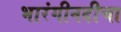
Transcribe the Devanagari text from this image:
भारंगीनदीचा